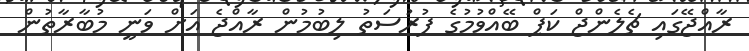
ރާއްޖޭގައި ޗެލެންޖް ކަޕް ބޭއްވުމުގެ ފުރުސަތު ލިބުމުން ރާއްޖެ އަށް ވަނީ މުބާރާތުން